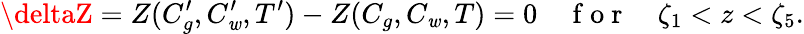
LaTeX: \deltaZ=Z(C_{g}^{\prime},C_{\mathit{w}}^{\prime},T^{\prime})-Z(C_{g},C_{\mathit{w}},T)=0\quad\mathrm{{~f~o~r~}}\quad\zeta_{1}<z<\zeta_{5}.